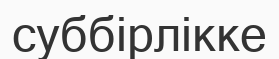
суббірлікке